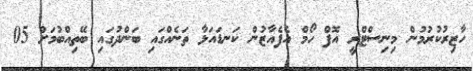
ހާޒިރުކުރުމުން މިނިސްޓްރީ އޮފް ހޯމް އެފެއާޒުން ކަނޑައަޅާ ތަނެއްގައި ބަންދުގައި ބޭތިއްބުމަށް 05